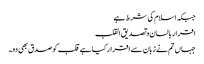
جبکہ اسلام کی شرط ہے
اقرار بالسان و تصدیق القلب
جہاں تم نے زبان سے اقرار کیا ہے قلب کو صدق بھی دو۔